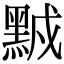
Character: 𪑆